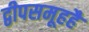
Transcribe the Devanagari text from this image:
द्वीपसमूहहै